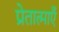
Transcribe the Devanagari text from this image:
प्रेतात्माएँ